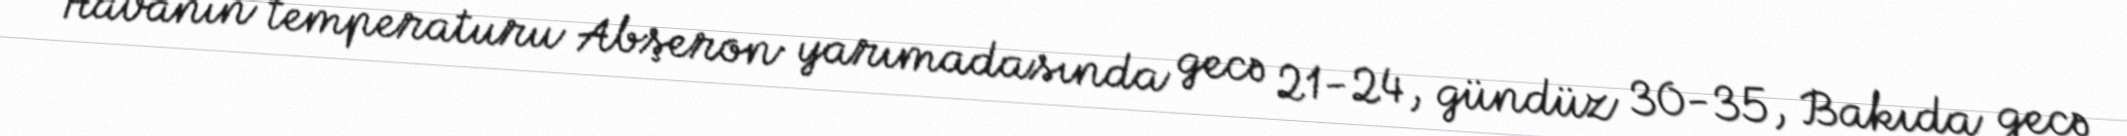
Havanın temperaturu Abşeron yarımadasında gecə 21-24, gündüz 30-35, Bakıda gecə